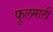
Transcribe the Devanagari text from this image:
फूलमाली